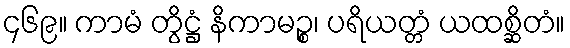
၄၆၉။ ကာမံ တွိဋ္ဌံ နိကာမဉ္စ၊ ပရိယတ္တံ ယထစ္ဆိတံ။